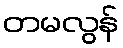
တမလွန်